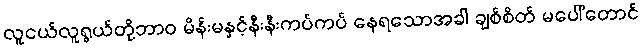
လူငယ်လူရွယ်တို့ဘာဝ မိန်းမနှင့်နီးနီးကပ်ကပ် နေရသောအခါ ချစ်စိတ် မပေါ်တောင်